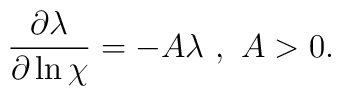
\frac{\partial\lambda}{\partial\ln\chi}=-A\lambda~,~A>0.